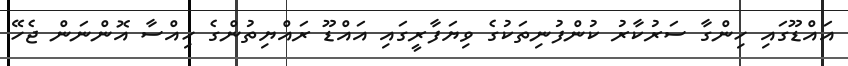
އައްޑޫގައި ހިންގާ ސަރުކާރު ކުންފުނިތަކުގެ ވިޔަފާރީގައި އައްޑޫ ރައްޔިތުންގެ ހިއްސާ އޮންނަން ޖެހޭ